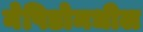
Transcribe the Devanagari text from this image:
नेपिडोमधील